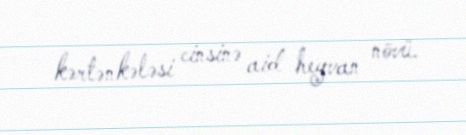
kərtənkələsi cinsinə aid heyvan növü.